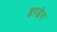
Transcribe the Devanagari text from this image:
डरडेन